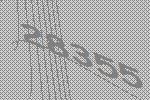
28355